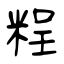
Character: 𥺆